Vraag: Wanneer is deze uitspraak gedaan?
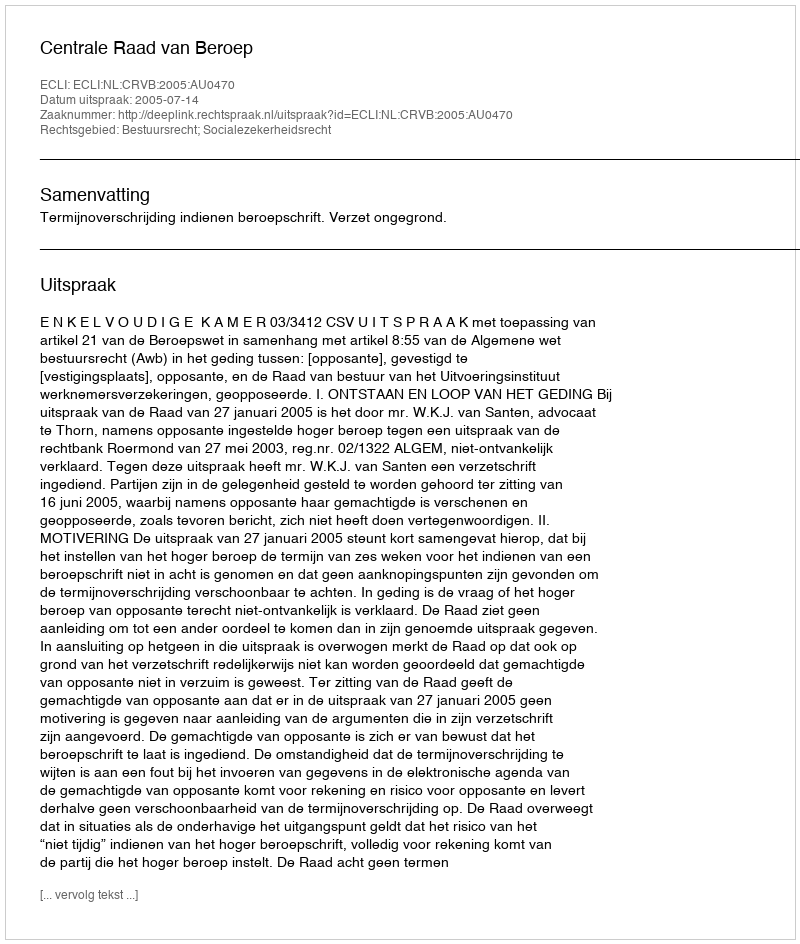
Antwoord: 2005-07-14